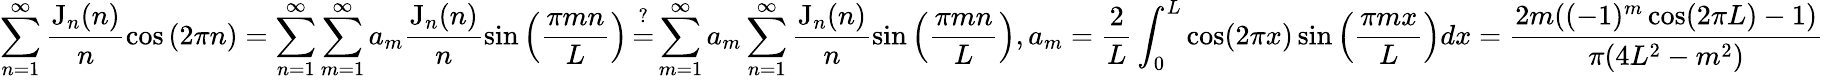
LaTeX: \sum_{n=1}^{\infty}\frac{\mathrm{J}_{n}(n)}n\cos\left(2\pi n\right)=\sum_{n=1}^{\infty}\sum_{m=1}^{\infty}a_{m}\frac{\mathrm{J}_{n}(n)}n\sin\left(\frac{\pi mn}L\right)\mathop=^{?}\sum_{m=1}^{\infty}a_{m}\sum_{n=1}^{\infty}\frac{\mathrm{J}_{n}(n)}n\sin\left(\frac{\pi mn}L\right),a_{m}=\frac 2L\int_{0}^{L}\cos(2\pi x)\sin\left(\frac{\pi mx}L\right)dx=\frac{2m((-1)^{m}\cos(2\pi L)-1)}{\pi(4L^{2}-m^{2})}